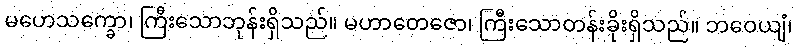
မဟေသက္ခော၊ ကြီးသောဘုန်းရှိသည်။ မဟာတေဇော၊ ကြီးသောတန်းခိုးရှိသည်။ ဘဝေယျံ၊